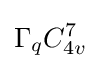
\Gamma _{q}C_{4v}^{7}